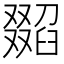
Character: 𦦖